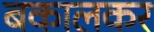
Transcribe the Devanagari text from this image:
बकालकर